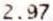
2.97